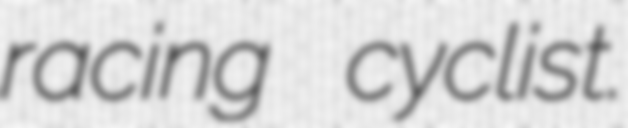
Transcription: racing cyclist.